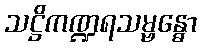
သဋ္ဌိကဏ္ဍရသမ္ဗန္ဓော